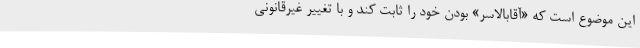
این موضوع است که «آقابالاسر» بودن خود را ثابت کند و با تغییر غیرقانونی